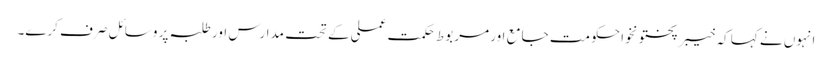
انہوں نے کہا کہ خیبرپختونخوا حکومت جامع اور مربوط حکمت عملی کے تحت مدارس اور طلبہ پر وسائل صرف کرے۔